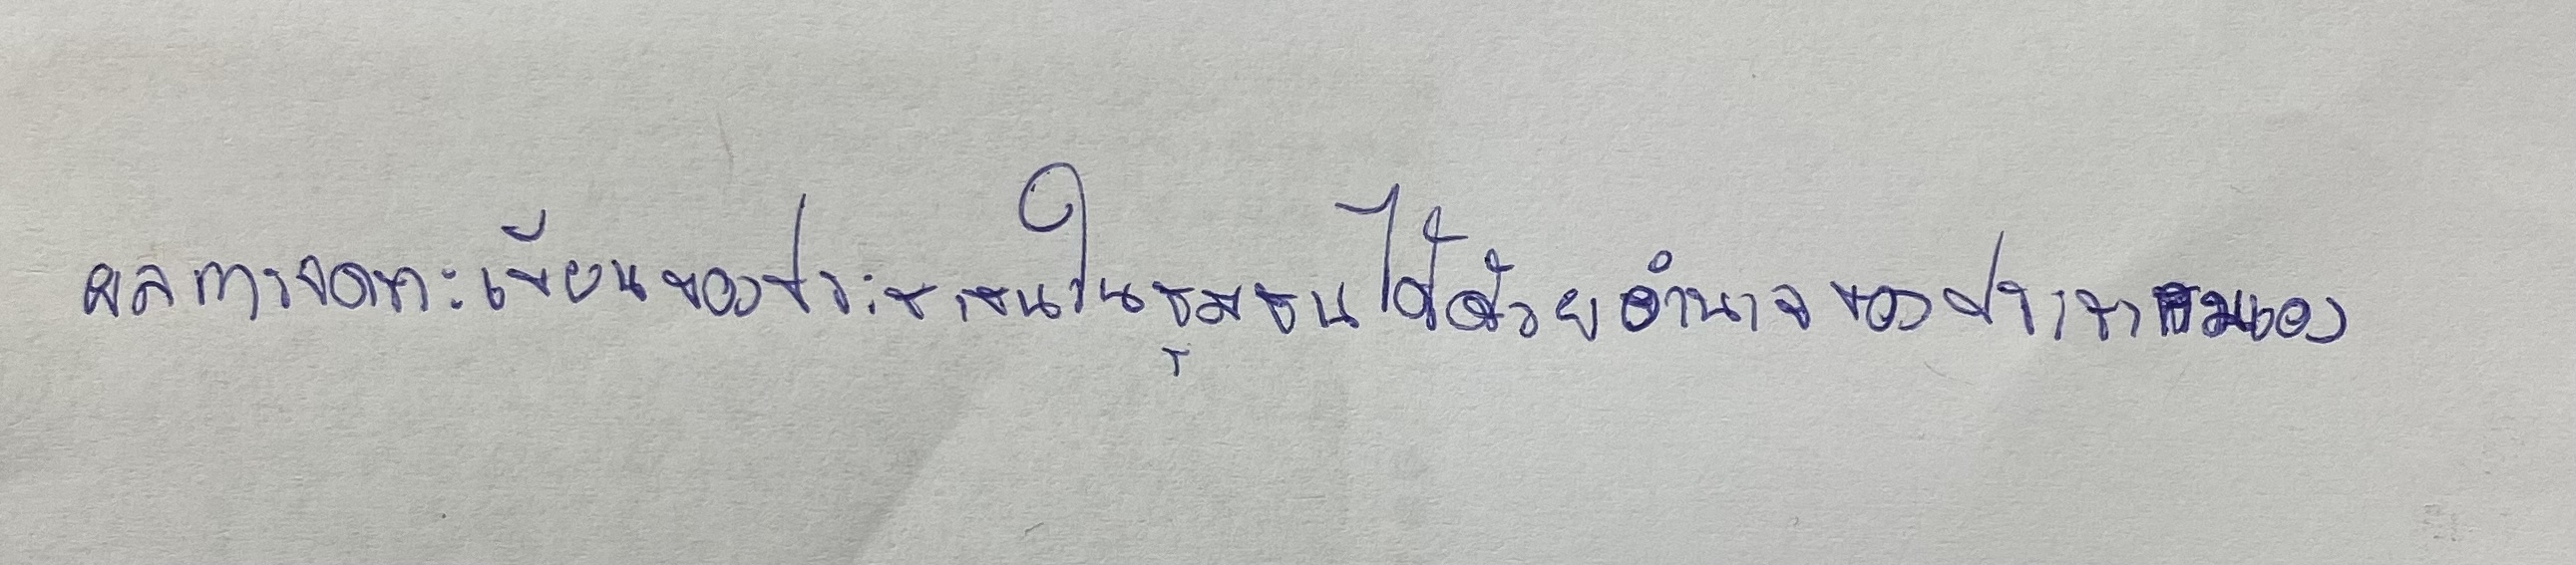
ผลการจดทะเบียนของประชาชนในชุมชนได้ด้วยอำนาจของประชาคมเอง